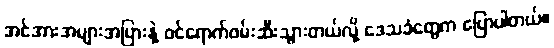
အင်အားအများအပြားနဲ့ ဝင်ရောက်ဖမ်းဆီးသွားတယ်လို့ ဒေသခံတွေက ပြောပါတယ်။